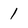
Character: 1